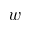
w